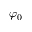
\varphi _ { 0 }